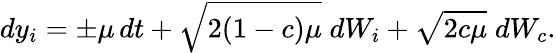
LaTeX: dy_{i}=\pm\mu\, dt+\sqrt{2(1-c)\mu}\; dW_{i}+\sqrt{2c\mu}\; dW_{c}.